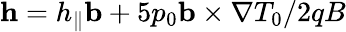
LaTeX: \mathbf{h}=h_{\| }\mathbf{b}+5p_{0}\mathbf{b}\times\nabla T_{0}/2qB